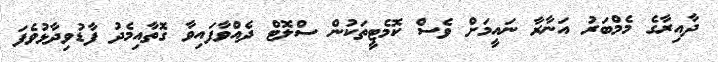
ދާއިރާގެ މެމްބަރު އަނާރާ ނައީމަށް ވެސް ކޮމެޓީތަކުން ސްލޮޓް ދެއްވާފައިވާ ގޮތާއިމެދު ފާޑުވިދާޅުވެފަ